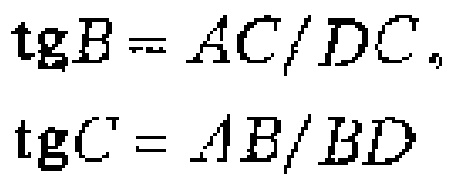
\(\text{tg}B = AC/DC,\)

\(\text{tg}C = AB/BD\)